Investigations into the jail dietaries of the United Provinces with some observations on the influence of dietary on the physical development and well-being of the people of the United Provinces - Number 48
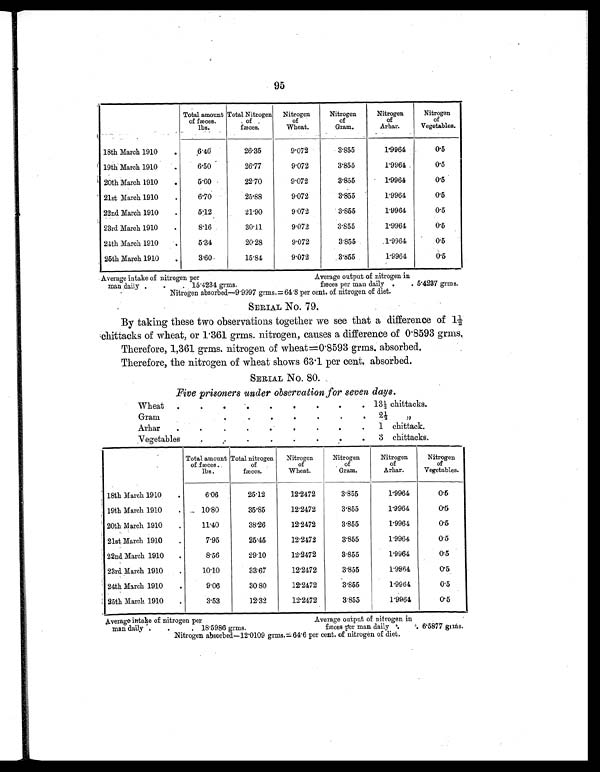
95
Total amount
of fæces.
lbs.
Total Nitrogen
of
fæces.
Nitrogen
of
Wheat.
Nitrogen
of
Gram.
Nitrogen
of
Arhar.
Nitrogen
of
Vegetables.
18th March 1910
.
6.40
26.35
9.072
3.855
1.9964
0.5
19th March 1910
.
6.50
26.77
9.072
3.855
1.9964
0.5
20th March 1910
.
5.60
22.70
9.072
3.855
1.9964
0.5
21st March 1910
.
6.70
25.88
9.072
3.855
1.9964
0.5
22nd March 1910
.
5.12
21.90
9.072
3.855
1.9964
0.5
23rd March 1910
.
8.16
30.11
9.072
3.855
1.9964
0.5
24th March 1910
.
5.34
20.28
9.072
3.855
1.9964
0.5
25th March 1910
.
3.60
15.84
9.072
3.855
1.9964
0.5
Average intake of nitrogen per Average output of nitrogen in
man daily .
.
. 15.4234 grms. fæces per man daily .
. 5.4237 grms.
Nitrogen absorbed—9.9997 grms.= 64.8 per cent. of nitrogen of diet.
SERIAL NO. 79.
By taking these two observations together we see that a difference of 1½
chittacks of wheat, or 1 . 361 grms. nitrogen, causes a difference of 0 . 8593 grms.
Therefore, 1,361 grms. nitrogen of wheat =0.8593 grms. absorbed.
Therefore, the nitrogen of wheat shows 63 . 1 per cent. absorbed.
SERIAL No. 80.
Five prisoners under observation for seven days.
Wheat
.
.
.
.
.
.
.
.
.
13½ chittacks.
Gram
.
.
.
.
.
.
.
2½ „
Arhar
.
.
.
.
.
.
.
.
.
1 chittack.
Vegetables
. .
.
.
.
.
.
3 chittacks.
Total amount
of fæces.
lbs.
Total nitrogen
of
fæces.
Nitrogen
of
Wheat.
Nitrogen
of
Gram.
Nitrogen
of
Arhar.
Nitrogen
of
Vegetables.
18th March 1910
.
6.06
25.12
12.2472
3.855
1.9964
0.5
19th March 1910
.
10.80
35.85
12.2472
3.855
1.9964
0.5
20th March 1910
.
11.40
38.26
12.2472
3.855
1.9964
0.5
21st March 1910
.
7.95
25.45
12.2472
3.855
1.9964
0.5
22nd March 1910
.
8.56
29.10
12.2472
3.855
1.9964
0.5
23rd March 1910
.
10.10
33.67
12.2472
3.855
1.9964
0.5
24th March 1910
.
9.06
30.80
12.2472
3.855
1.9964
0.5
25th March 1910
.
3.53
12.32
12.2472
3.855
1.9964
0.5
Average intake of nitrogen per Average output of nitrogen in
man daily .
.
. 18.5986 grms. fæces per man daily .
. 6.5877 grms.
Nitrogen absorbed—12.0109 grms.= 64.6 per cent. of nitrogen of diet.